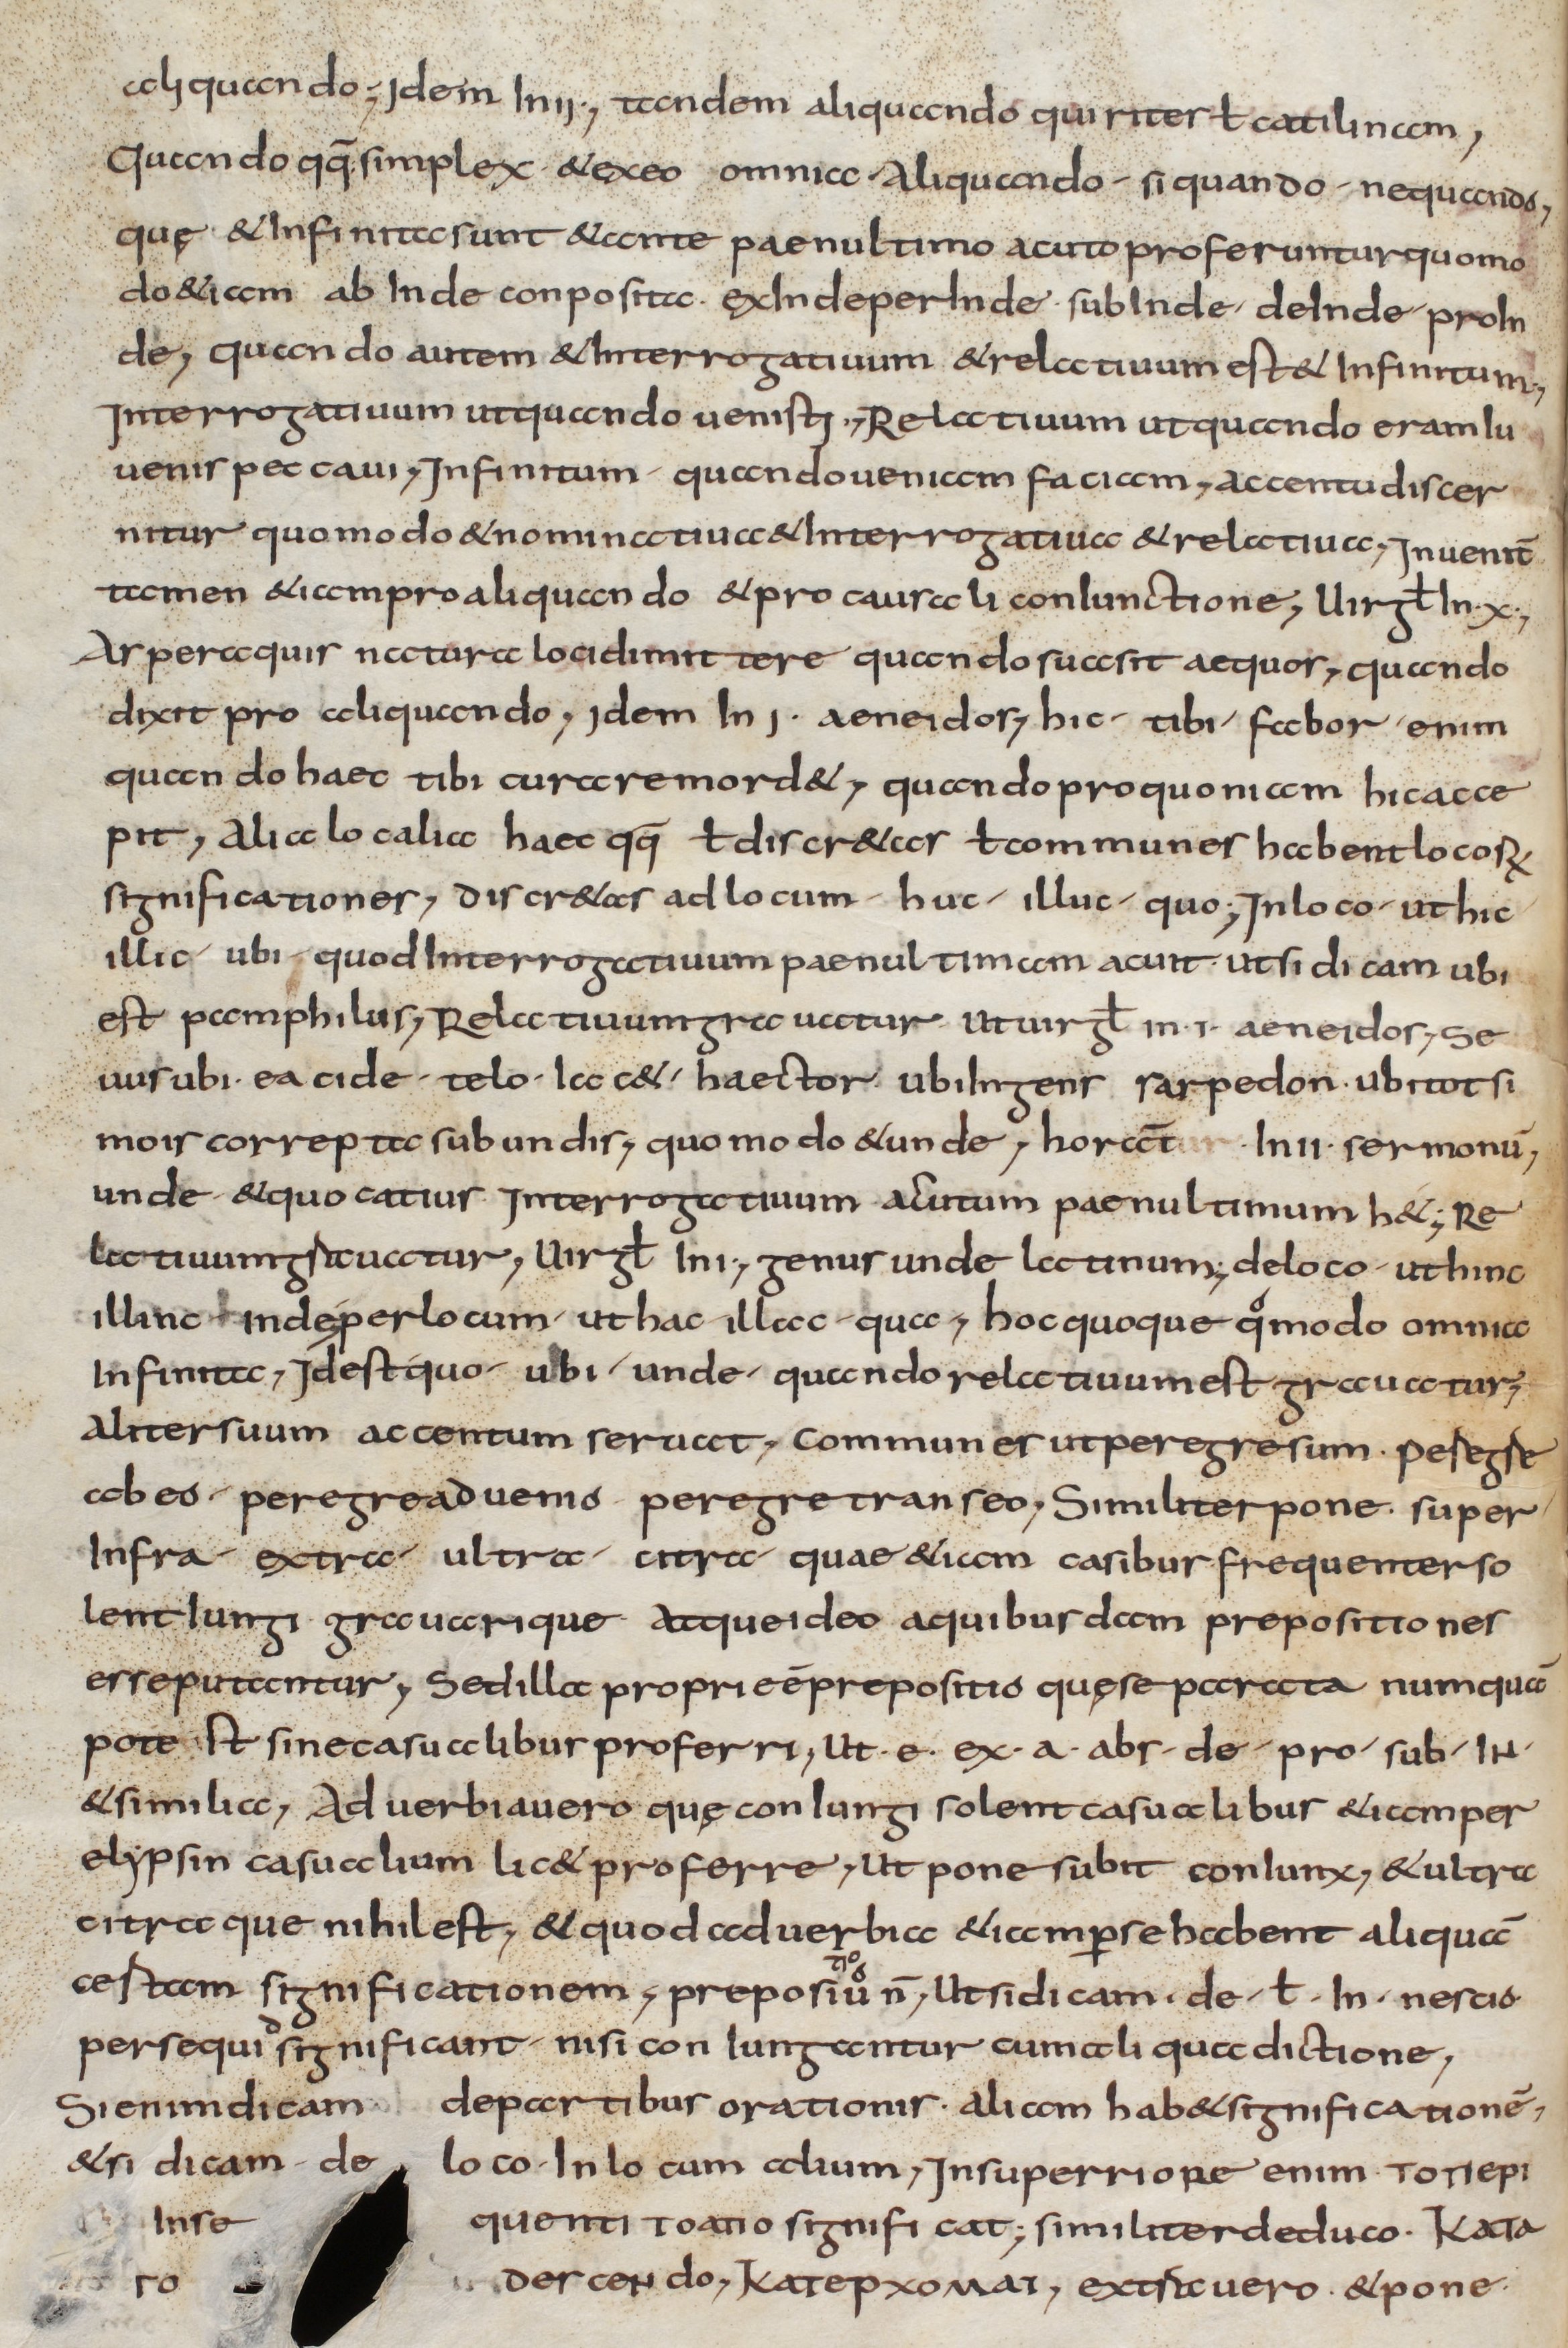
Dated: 900–999